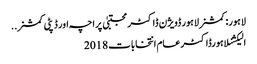
لاہور: کمشنر لاہور ڈویژن ڈاکٹر مجتبیٰ پراچہ اور ڈپٹی کمشنر ..
الیکشنلاہورڈاکٹرعام انتخابات 2018